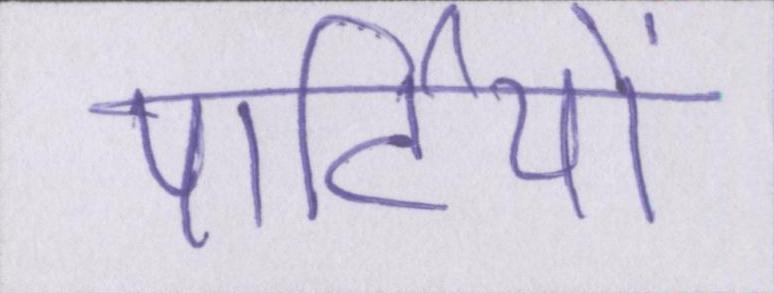
पार्टियों